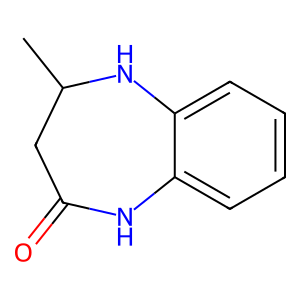
SMILES: CC1CC(=O)Nc2ccccc2N1
Inhibits HIV replication: No